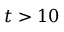
\ensuremath { t } > 1 0